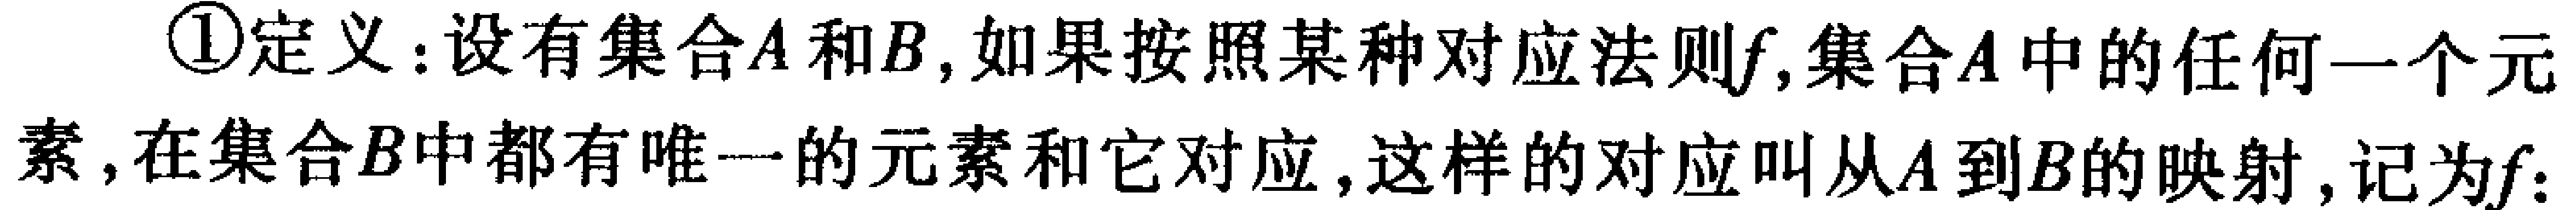
\textcircled{1}定义：设有集合\(A\)和\(B\)，如果按照某种对应法则\(f\)，集合\(A\)中的任何一个元素，在集合\(B\)中都有唯一的元素和它对应，这样的对应叫从\(A\)到\(B\)的映射，记为\(f\)：